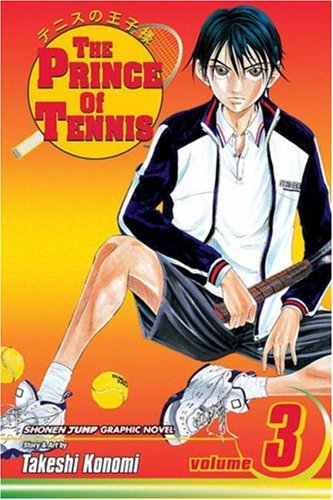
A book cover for The Prince of Tennis, Vol. 3; Takeshi Konomi; Comics & Graphic Novels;